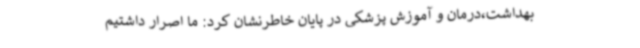
بهداشت،درمان و آموزش پزشکی در پایان خاطرنشان کرد: ما اصرار داشتیم